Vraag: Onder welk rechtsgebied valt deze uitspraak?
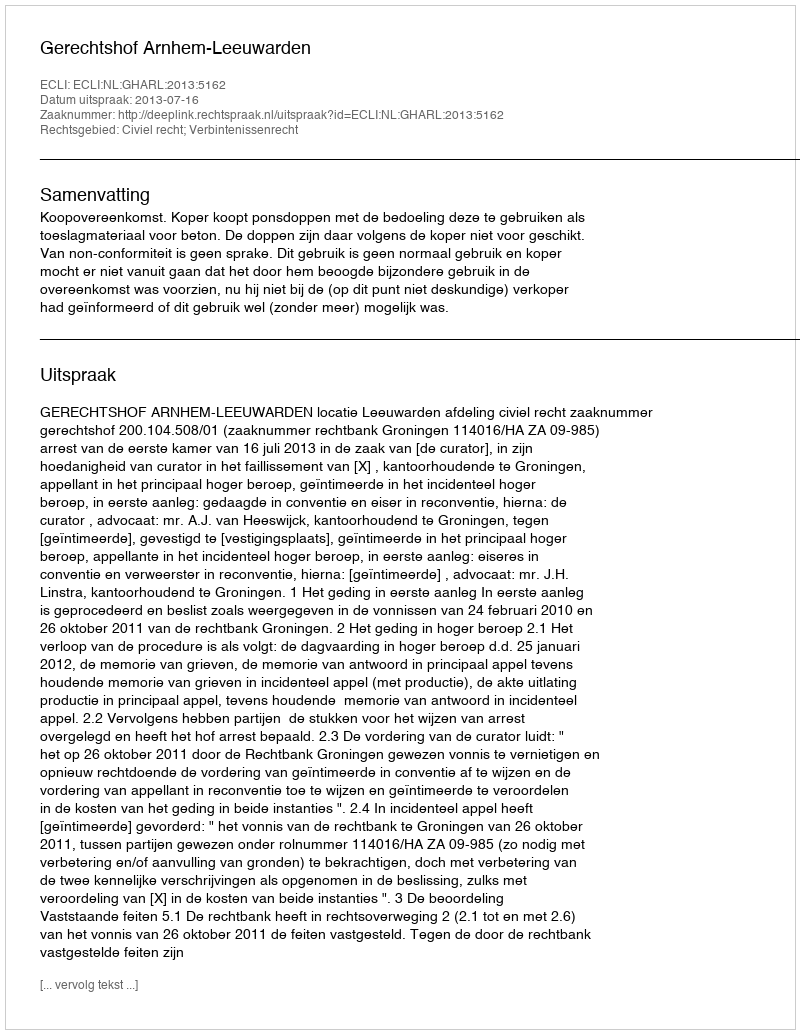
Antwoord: Civiel recht; Verbintenissenrecht